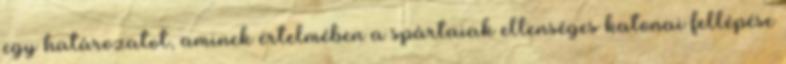
egy határozatot, aminek értelmében a spártaiak ellenséges katonai fellépése